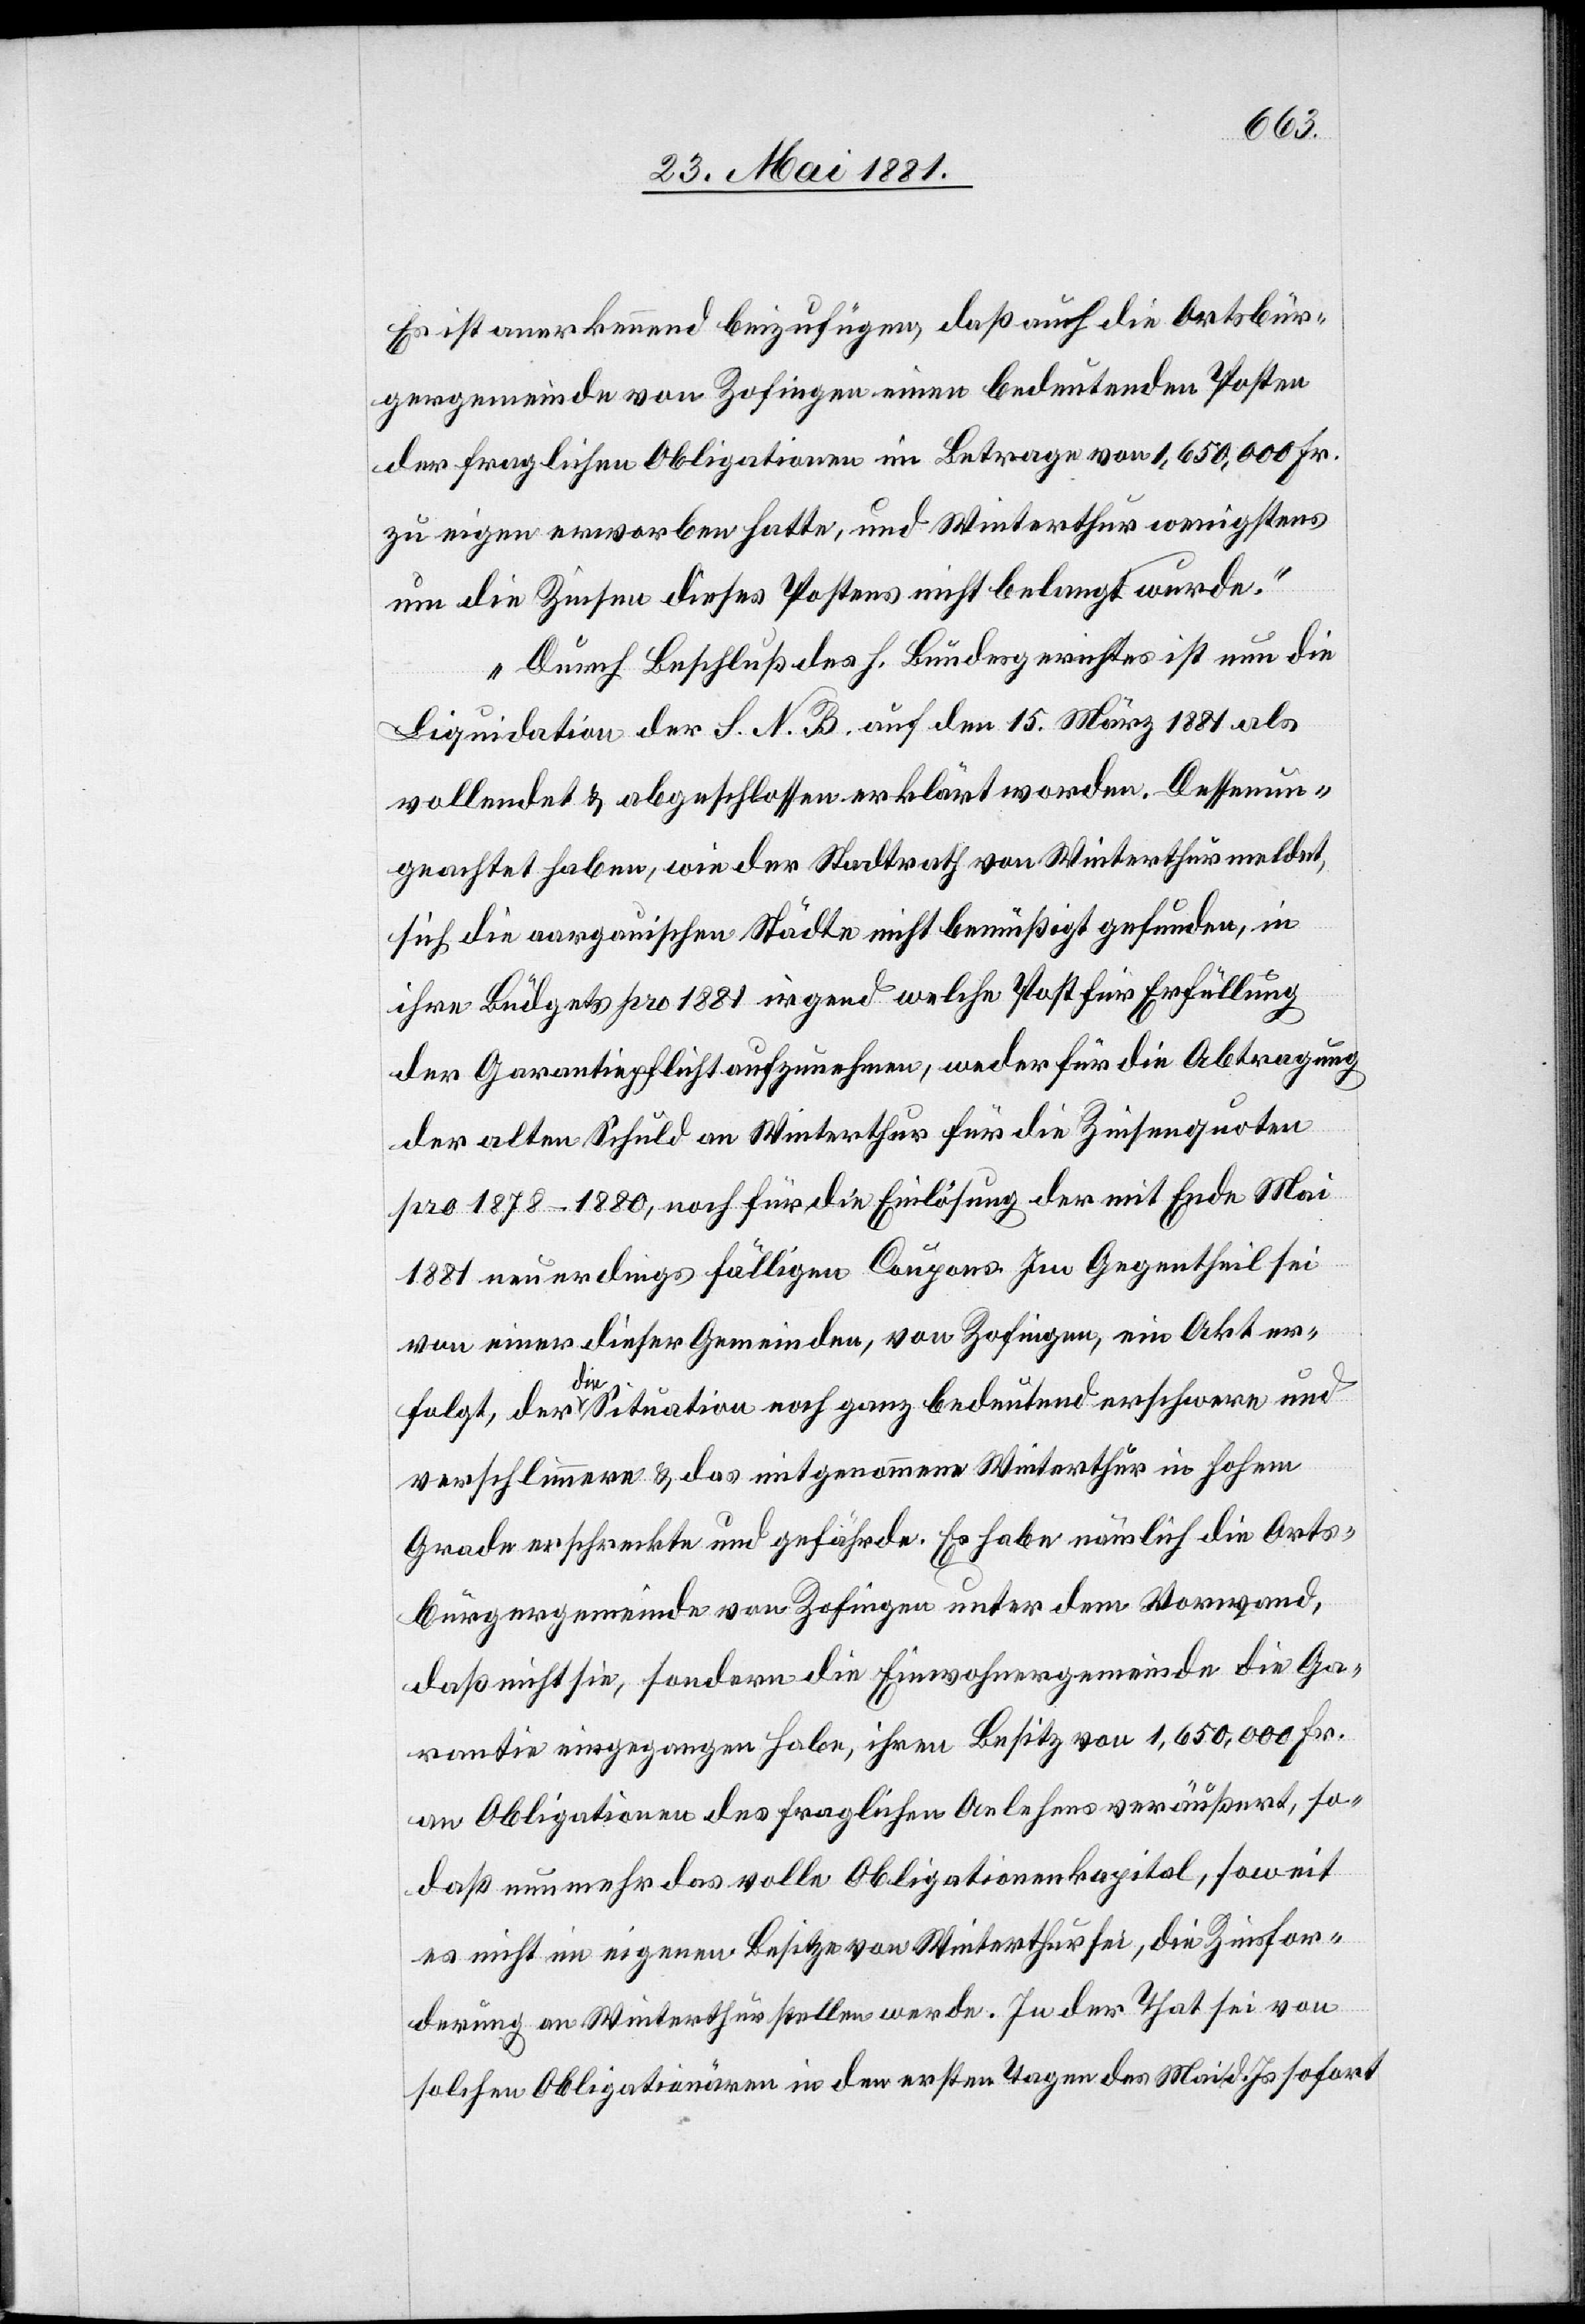
Es ist anerkennend beizufügen, daß auch die Ortsbür¬
gergemeinde von Zofingen einen bedeutenden Posten
der fraglichen Obligationen im Betrage von 1,650,000 Fr.
zu eigen erworben hatte, und Winterthur wenigstens
um die Zinsen dieses Postens nicht belangt wurde.
Durch Beschluß des h. Bundesgerichtes ist nun die
Liquidation der S. N. B. auf den 15. März 1881 als
vollendet & abgeschlossen erklärt worden. Dessen un¬
geachtet haben, wie der Stadtrath von Winterthur meldet,
sich die aargauischen Städte nicht bemüßigt gefunden, in
ihre Büdgets pro 1881 irgend welche Post für Erfüllung
der Garantiepflicht aufzunehmen, weder für die Abtragung
der alten Schuld an Winterthur für die Zinsenquoten
pro 1878–1880, noch für die Einlösung der mit Ende Mai
1881 neuerdings fälligen Coupons. Im Gegentheil sei
von einer dieser Gemeinden, von Zofingen, ein Akt er¬
folgt, der die Situation noch ganz bedeutend erschwere und
verschlimmere & das mitgenommene Winterthur in hohem
Grade erschreckte und gefährde. Es habe nämlich die Orts¬
bürgergemeinde von Zofingen unter dem Vorwand,
daß nicht sie, sondern die Einwohnergemeinde die Ga¬
rantie eingegangen habe, ihren Besitz von 1,650,000 Fr.
an Obligationen des fraglichen Anlehens veräußert, so¬
daß nunmehr das volle Obligationenkapital, soweit
es nicht im eigenen Besitze von Winterthur sei, die Zinsfor¬
derung an Winterthur stellen werde. In der That sei von
solchen Obligationären in den ersten Tagen des Mai d. Js. sofort